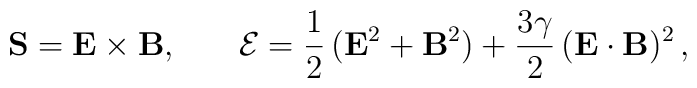
{\bf S} = {\bf E} \times {\bf B} , \, \ \ \, \ \ \, {\cal{E}} =\frac{1}{2} \, ({\bf E}^2 + {\bf B}^2) + \frac{3 \gamma}{2} \,({\bf E} \cdot {\bf B})^2 \, ,